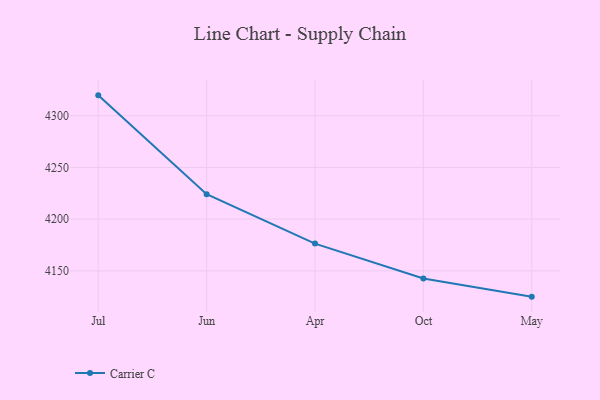
{"axis": {"x": "Month", "y": "Satisfaction Score"}, "legend": ["Carrier C"], "data": [{"x": "Jul", "y": 4319.7, "type": "Carrier C"}, {"x": "Jun", "y": 4224.1, "type": "Carrier C"}, {"x": "Apr", "y": 4176.4, "type": "Carrier C"}, {"x": "Oct", "y": 4142.7, "type": "Carrier C"}, {"x": "May", "y": 4125.1, "type": "Carrier C"}]}